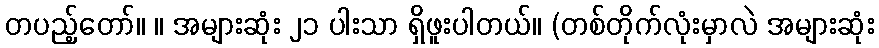
တပည့်တော်။ ။ အများဆုံး ၂၁ ပါးသာ ရှိဖူးပါတယ်။ (တစ်တိုက်လုံးမှာလဲ အများဆုံး